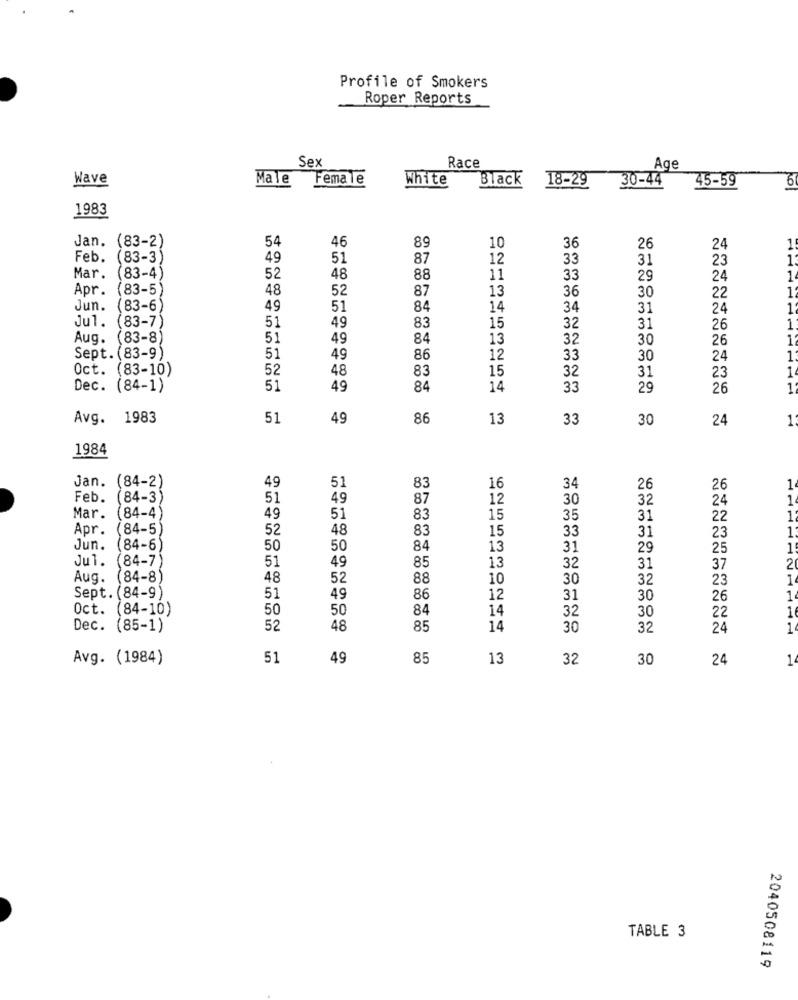
Profile of Smokers
Roper Reports
Sex
Race
Age
Wave
Male
Female
White
Black
18-29
30-44
45-59
6
1983
Jan. (83-2)
54
46
89
10
36
26
24
1
Feb. (83-3)
49
51
87
12
33
31
23
1
Mar.
(83-4)
52
48
88
11
33
29
24
1
Apr.
(83-5)
48
52
13
36
1
87
30
22
Jun.
83-6)
49
51
84
14
34
31
24
1
Jul.
83-7)
15
51
49
83
32
31
26
1
Aug. (83-8)
51
49
84
13
32
30
26
1
Sept. (83-9)
51
49
86
12
33
30
24
1
Oct. (83-10)
52
48
83
15
32
31
1
23
Dec. (84-1)
51
49
84
14
33
29
26
Avg. 1983
51
49
86
13
33
30
24
1
1984
49
Jan. (84-2)
51
83
16
34
26
26
1
Feb. (84-3)
51
49
87
12
30
32
24
1.
Mar. (84-4)
49
51
83
15
35
31
22
1.
Apr. (84-5)
52
48
83
15
33
31
1
23
Jun. (84-6
50
50
84
13
31
29
25
1
Jul. (84-7
85
13
2
51
49
32
31
37
Aug. (84-8
48
52
88
10
30
32
23
1
Sept. (84-9)
51
49
86
12
31
30
26
1
Oct. (84-10)
50
50
84
14
32
30
1
22
Dec. (85-1)
52
48
85
14
30
32
24
1
Avg. (1984)
51
49
85
13
32
30
24
1
TABLE 3
2040508119